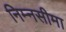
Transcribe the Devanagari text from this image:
निम्नसीमा